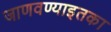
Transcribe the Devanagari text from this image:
जाणवण्याइतका